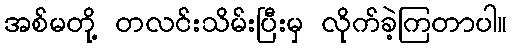
အစ်မတို့ တလင်းသိမ်းပြီးမှ လိုက်ခဲ့ကြတာပါ။